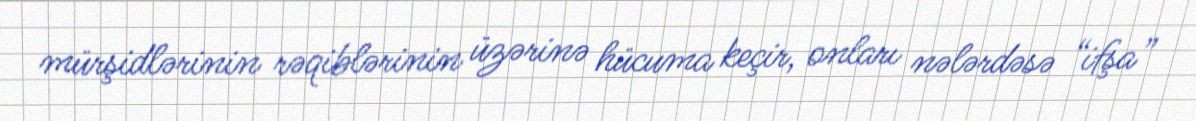
mürşidlərinin rəqiblərinin üzərinə hücuma keçir, onları nələrdəsə “ifşa”